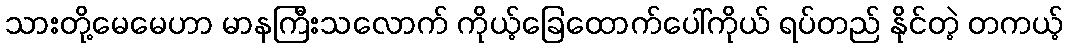
သားတို့မေမေဟာ မာနကြီးသလောက် ကိုယ့်ခြေထောက်ပေါ်ကိုယ် ရပ်တည် နိုင်တဲ့ တကယ့်